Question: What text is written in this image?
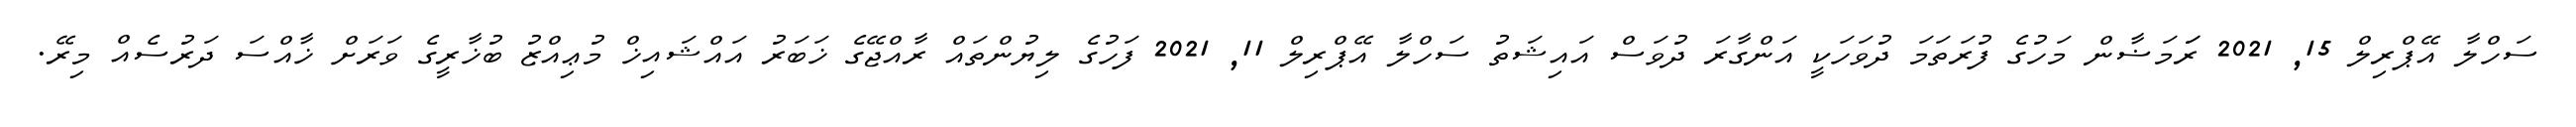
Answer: ސަހްލާ އޭޕްރިލް 15, 2021 ރަަމަޟާން މަހުގެ ފުރަތަމަ ދުވަހަކީ އަންގާރަ ދުވަސް އައިޝަތު ސަހްލާ އޭޕްރިލް 11, 2021 ފަހުގެ ލިޔުންތައް ރާއްޖޭގެ ޚަބަރު އައްޝައިޚް މުޢިއްޒު ބުޚާރީގެ ވަރަށް ޚާއްސަ ދަރުސެއް މިރޭ.